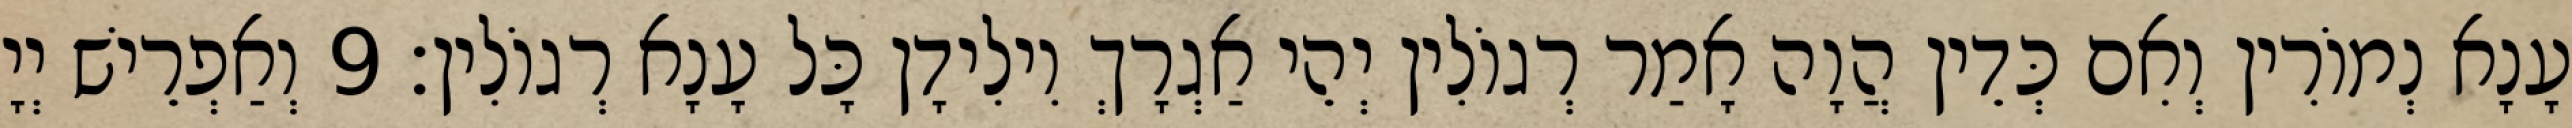
עָנָא נְמוֹרִין וְאִם כְּדֵין הֲוָה אָמַר רְגוֹלִין יְהֵי אַגְרָךְ וִילִידָן כָּל עָנָא רְגוֹלִין׃ 9 וְאַפְרֵישׁ יְיָ